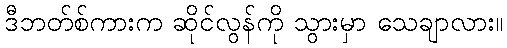
ဒီဘတ်စ်ကားက ဆိုင်လွန်ကို သွားမှာ သေချာလား။